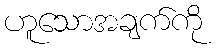
ဟူသောအချက်ကို